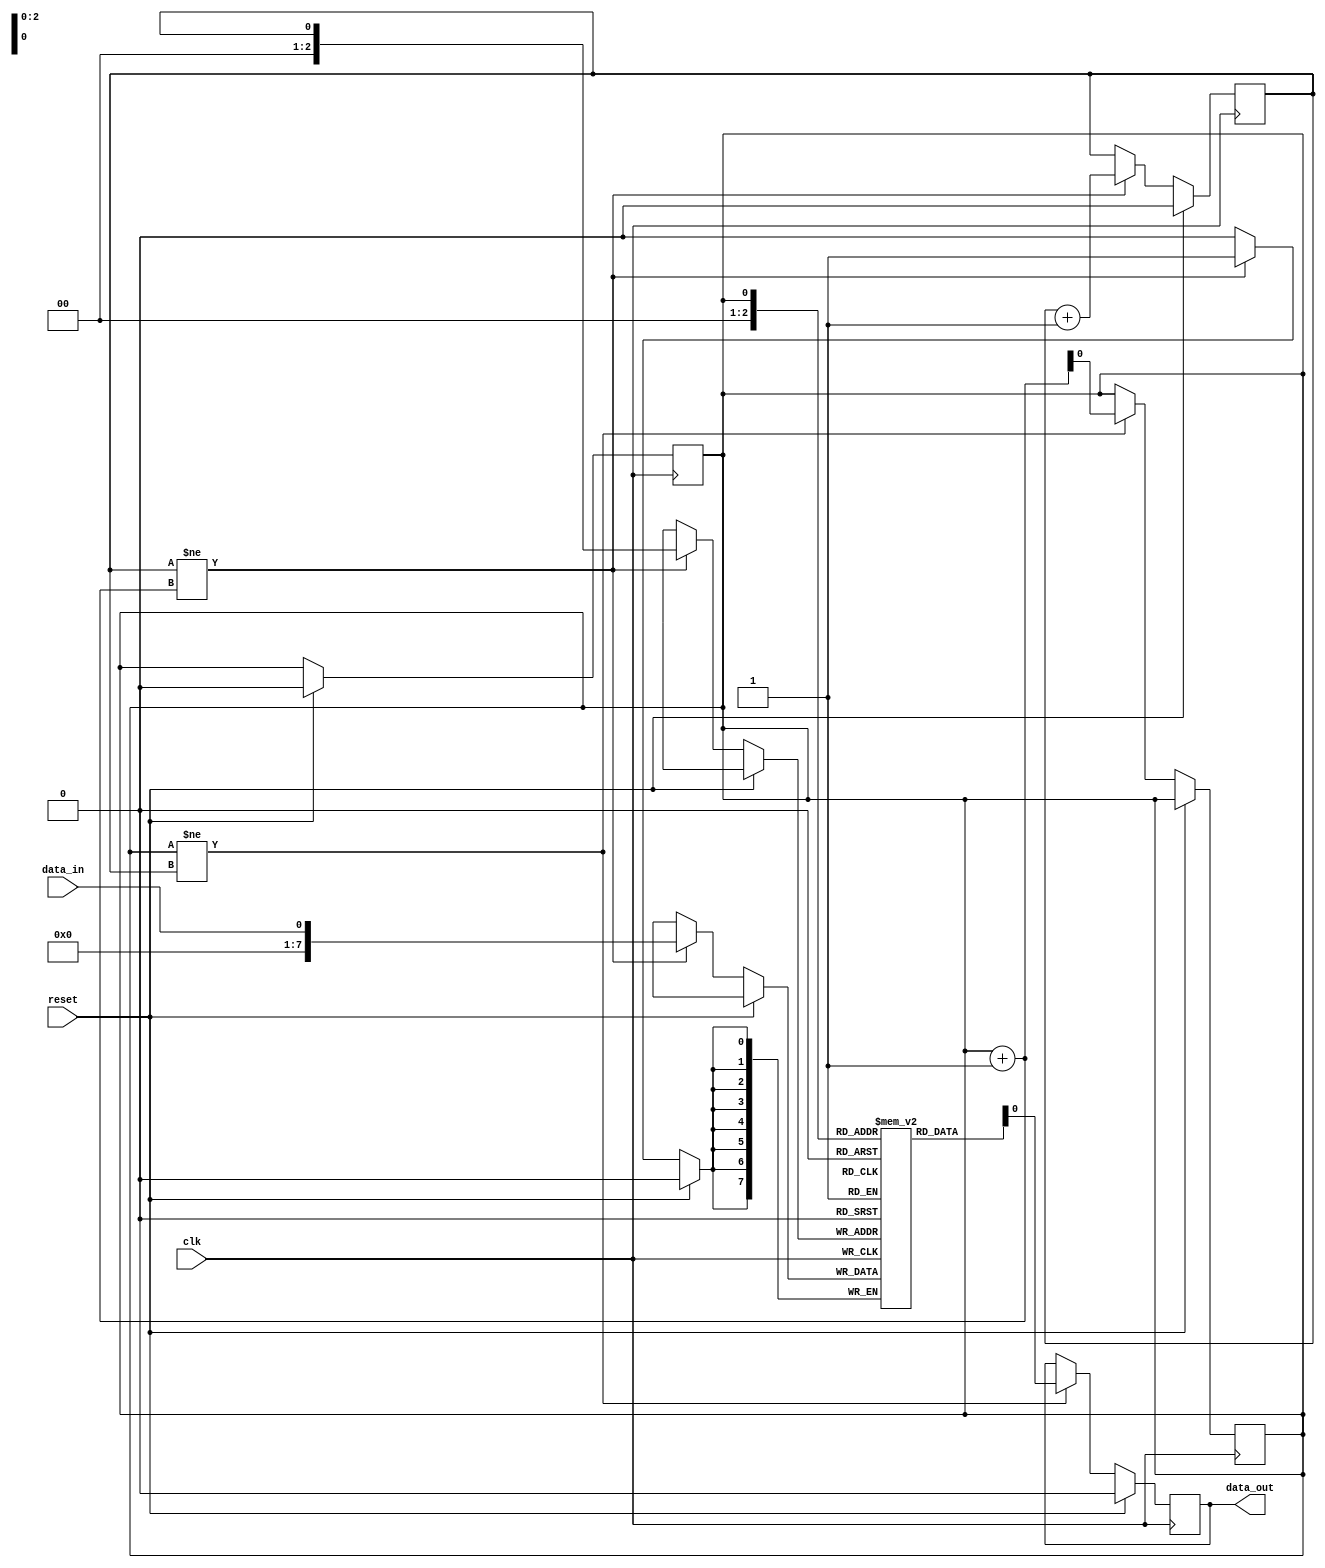
module edge_sensitive_fifo (
  input wire clk,
  input wire reset,
  input wire data_in,
  output reg data_out
);

reg [7:0] fifo [0:7];
reg read_pointer = 0;
reg write_pointer = 0;

always @(posedge clk) begin
  if (reset) begin
    read_pointer <= 0;
    write_pointer <= 0;
  end else begin
    if (write_pointer != read_pointer + 1) begin
      fifo[write_pointer] <= data_in;
      write_pointer <= write_pointer + 1;
    end
  end
end

always @(posedge clk) begin
  if (reset) begin
    data_out <= 0;
  end else begin
    if (read_pointer != write_pointer) begin
      data_out <= fifo[read_pointer];
      read_pointer <= read_pointer + 1;
    end
  end
end

endmodule